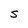
Character: s